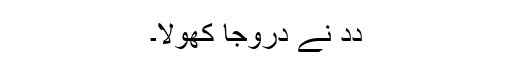
دِدِ نے دروجا کھولا۔